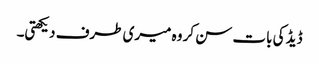
ڈیڈ کی بات سن کر وہ میری طرف دیکھتی۔